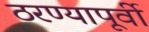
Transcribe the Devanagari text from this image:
ठरण्यापूर्वी